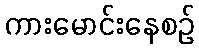
ကားမောင်းနေစဉ်